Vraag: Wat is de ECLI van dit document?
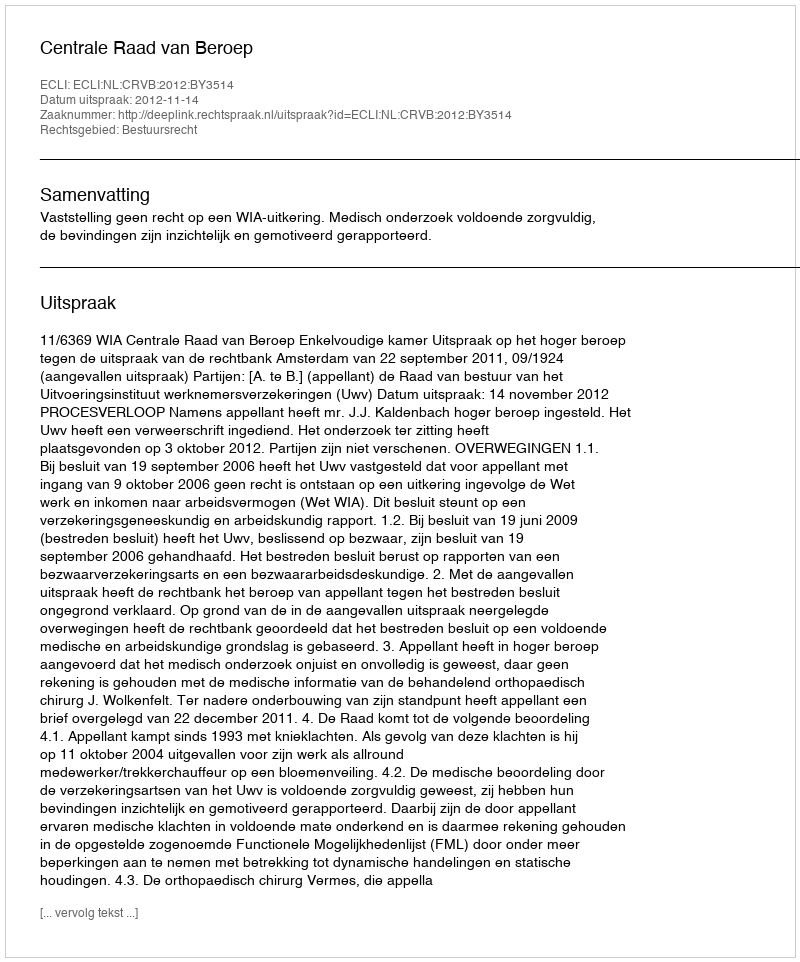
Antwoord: ECLI:NL:CRVB:2012:BY3514